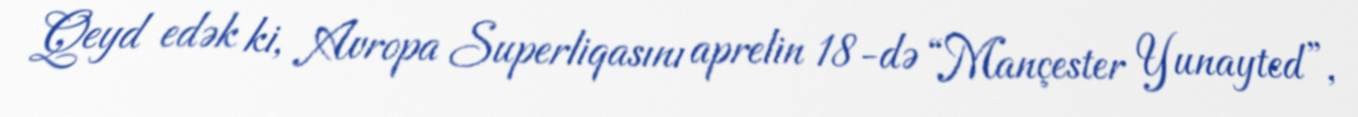
Qeyd edək ki, Avropa Superliqasını aprelin 18-də “Mançester Yunayted”,